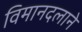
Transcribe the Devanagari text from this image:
विमानदलाने